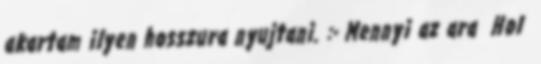
akartam ilyen hosszura nyujtani. :- Mennyi az ara Hol